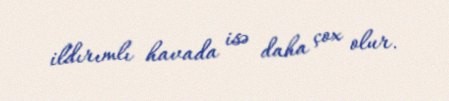
ildırımlı havada isə daha çox olur.